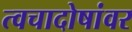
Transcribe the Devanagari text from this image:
त्वचादोषांवर